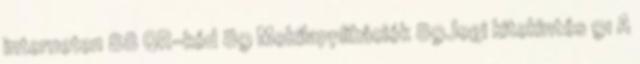
interneten 88 QR-kód 89 Mobilapplikációk 89Jogi kitekintés 91 A